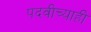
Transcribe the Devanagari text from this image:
पदवीच्याही